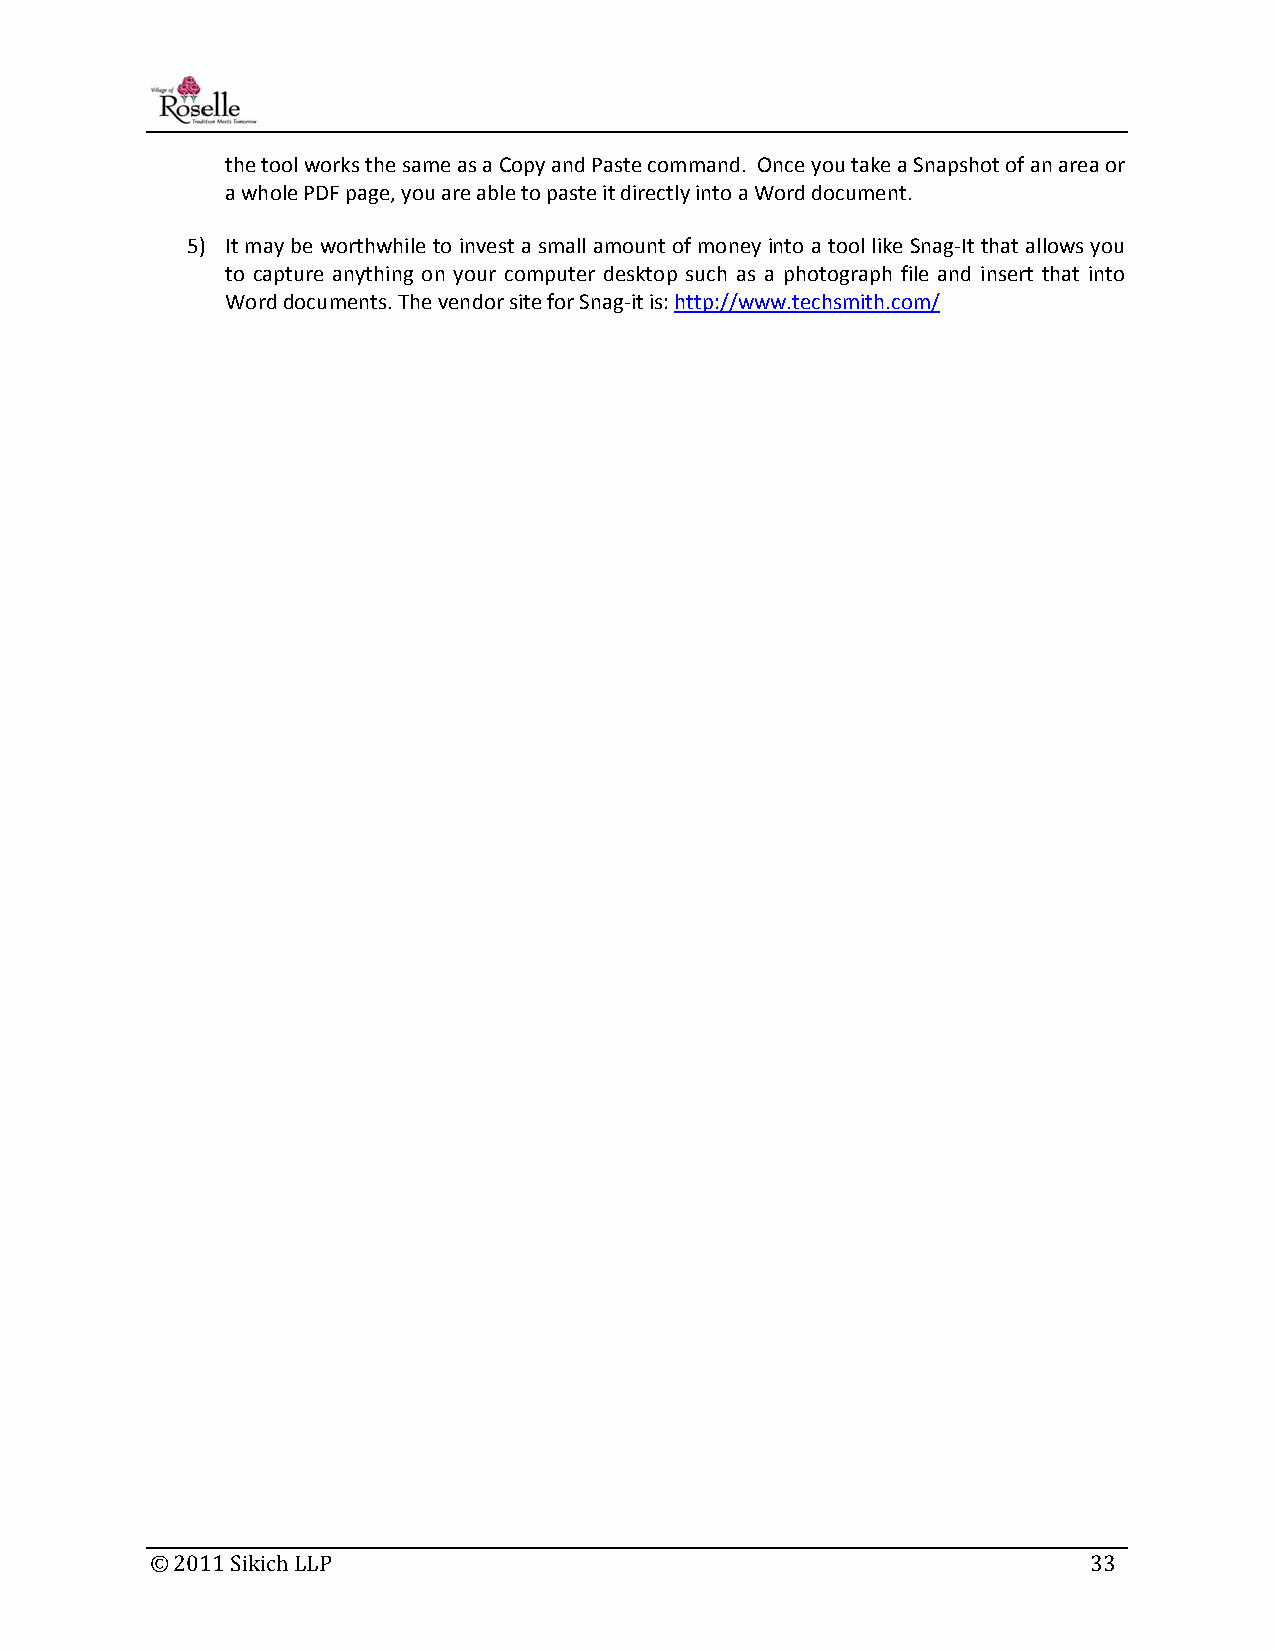
the tool works the same as a Copy and Paste command. Once you take a Snapshot of an area or
 a whole PDF page, you are able to paste it directly into a Word document.
 5) It may be worthwhile to invest a small amount of money into a tool like Snag‐It that allows you
 to capture anything on your computer desktop such as a photograph file and insert that into
 Word documents. The vendor site for Snag‐it is: http://www.techsmith.com/
 © 2011 Sikich LLP                                             33